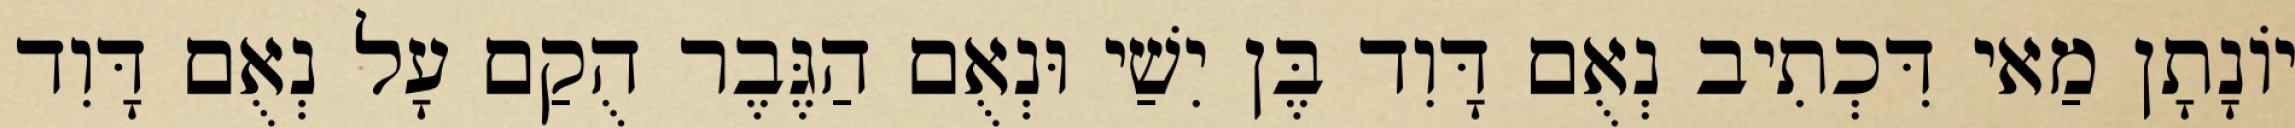
יוֹנָתָן מַאי דִּכְתִיב נְאֻם דָּוִד בֶּן יִשַׁי וּנְאֻם הַגֶּבֶר הֻקַם עָל נְאֻם דָּוִד